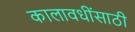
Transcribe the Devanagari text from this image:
कालावधींसाठी